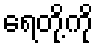
ရေတို့ကို